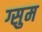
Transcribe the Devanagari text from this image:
ग्सुम